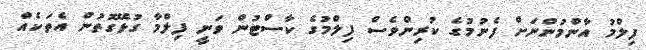
ފިލްމު އާންމުންނަށް ފެނުމުގެ ކުރިންވެސް ފިލްމުގެ ކާސްޓުން ވަނީ ފިލްމާ ގުޅޭގޮތުން އެތަކެއް